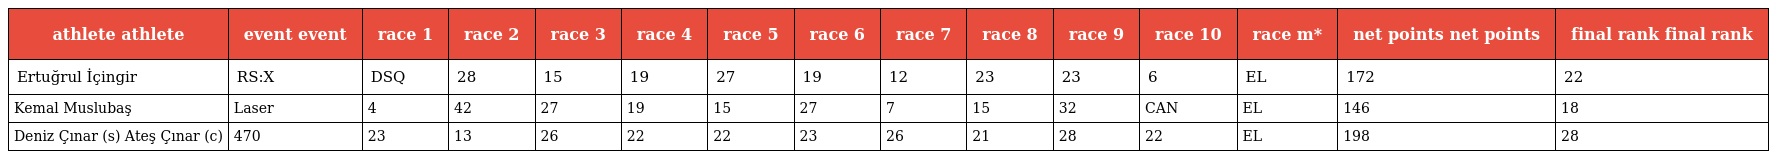
| athlete athlete | event event | race 1 | race 2 | race 3 | race 4 | race 5 | race 6 | race 7 | race 8 | race 9 | race 10 | race m* | net points net points | final rank final rank |
 | --- | --- | --- | --- | --- | --- | --- | --- | --- | --- | --- | --- | --- | --- | --- |
 | Ertuğrul İçingir | RS:X | DSQ | 28 | 15 | 19 | 27 | 19 | 12 | 23 | 23 | 6 | EL | 172 | 22 |
 | Kemal Muslubaş | Laser | 4 | 42 | 27 | 19 | 15 | 27 | 7 | 15 | 32 | CAN | EL | 146 | 18 |
 | Deniz Çınar (s) Ateş Çınar (c) | 470 | 23 | 13 | 26 | 22 | 22 | 23 | 26 | 21 | 28 | 22 | EL | 198 | 28 |